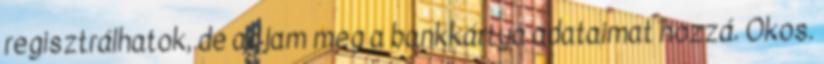
regisztrálhatok, de adjam meg a bankkártya adataimat hozzá. Okos.